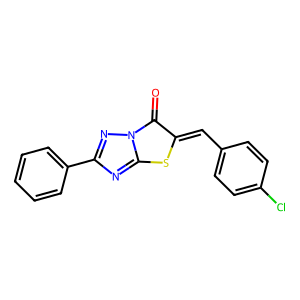
SMILES: O=c1c(=Cc2ccc(Cl)cc2)sc2nc(-c3ccccc3)nn12
Inhibits HIV replication: No